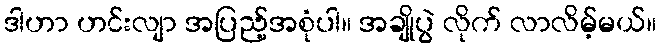
ဒါဟာ ဟင်းလျာ အပြည့်အစုံပါ။ အချိုပွဲ လိုက် လာလိမ့်မယ်။